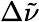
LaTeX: \Delta{\tilde{\nu}}